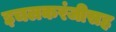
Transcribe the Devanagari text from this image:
इचलकरंजीसह